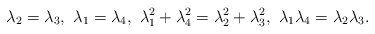
\begin{align*} \lambda_{2}=\lambda_{3},\ \lambda_{1}=\lambda_{4},\ \lambda_{1}^{2}+\lambda_{4}^{2}=\lambda_{2}^{2}+\lambda_{3}^{2},\ \lambda_{1}\lambda_{4} = \lambda_{2}\lambda_{3}.\end{align*}